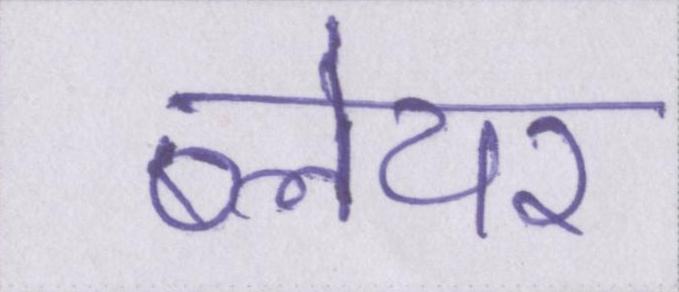
ब्लेयर